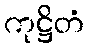
ကုဋ္ဌိတံ